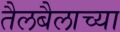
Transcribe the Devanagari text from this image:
तैलबैलाच्या